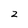
Character: 2